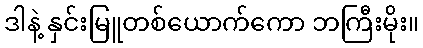
ဒါနဲ့ နှင်းမြူတစ်ယောက်ကော ဘကြီးမိုး။